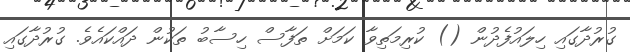
ގުރުދާގައި ހިލައުފެދުން () ކުރިމަތިވާ ކަމަށް ތަފާސް ހިސާބު ތަކުން ދައްކައެވެ. ގުރުދާގައި